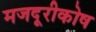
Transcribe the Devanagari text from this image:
मजदूरीकोष